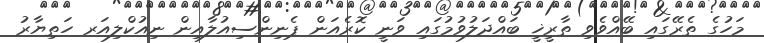
މަހުގެ ތެރޭގައި ބޭއްވެވި ތާރީޚީ ބައްދަލުވުމުގައި ވަނީ ކޮރެއަން ޕެނިންސިއުލާއިން ނިއުކްލިއަރ ހަތިޔާރު